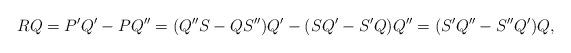
LaTeX: \begin{align*}RQ = P'Q'- PQ''=(Q''S-QS'')Q'-(SQ'-S'Q)Q'' = (S'Q''-S''Q')Q,\end{align*}